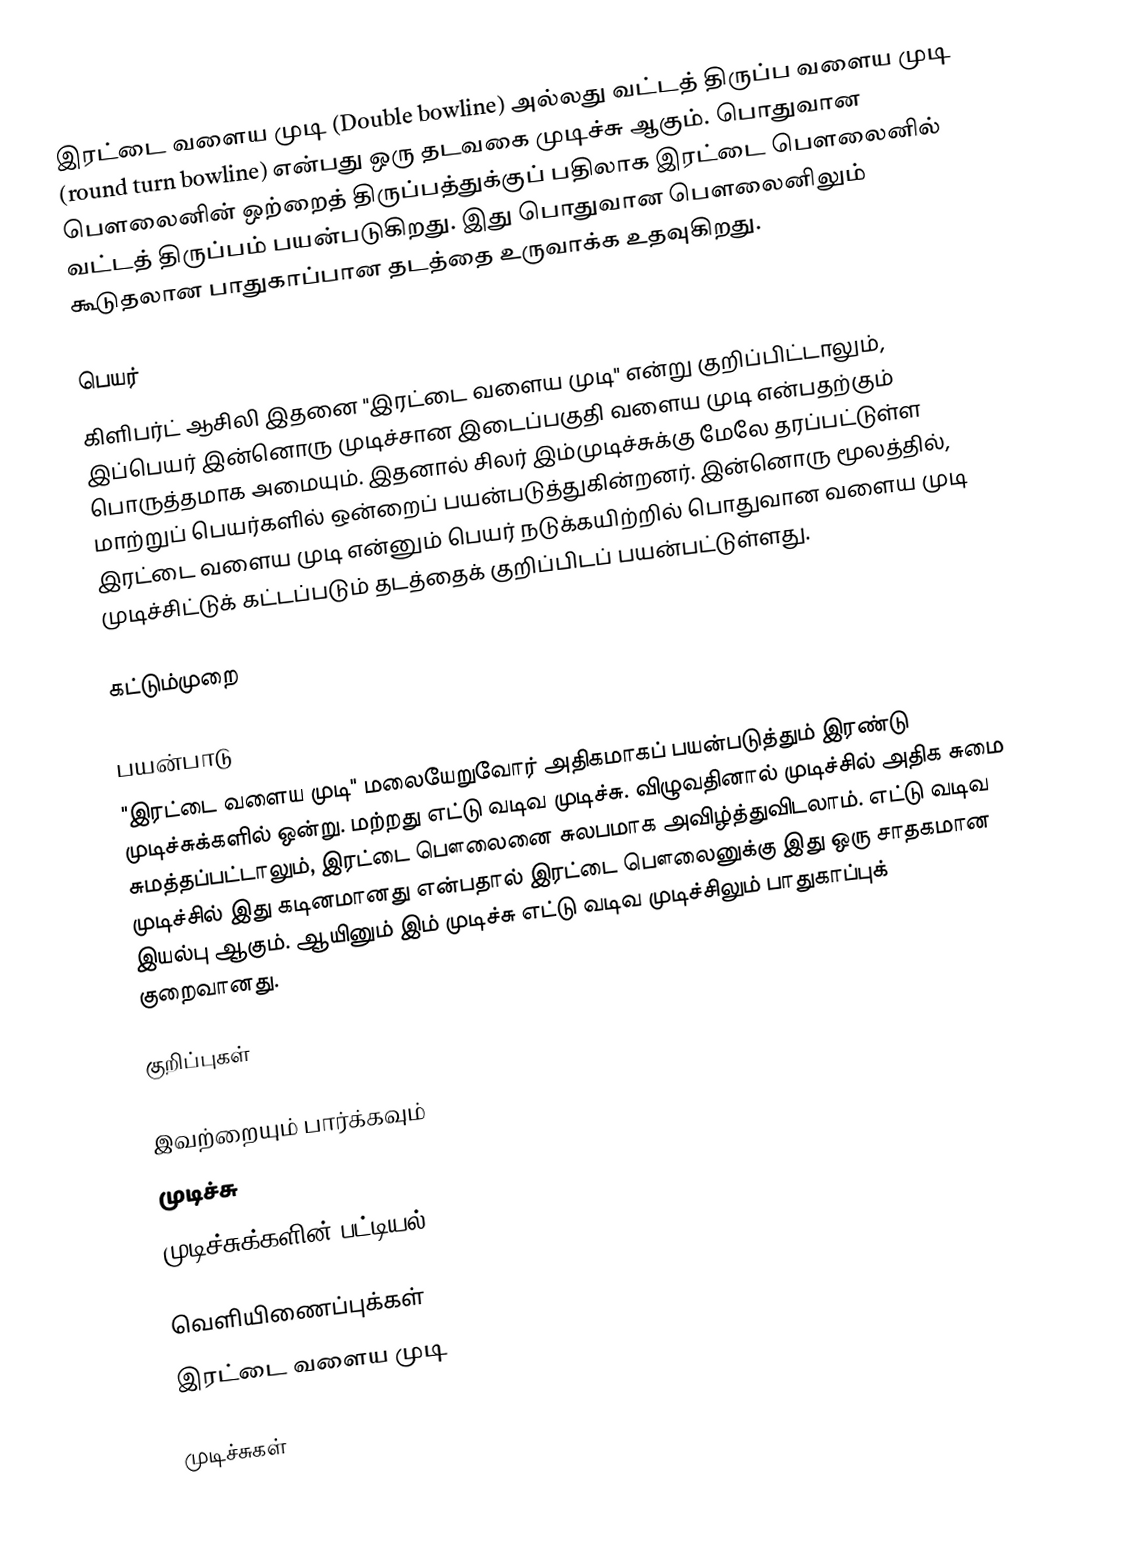
இரட்டை வளைய முடி (Double bowline) அல்லது வட்டத் திருப்ப வளைய முடி (round turn bowline) என்பது ஒரு தடவகை முடிச்சு ஆகும். பொதுவான பௌலைனின் ஒற்றைத் திருப்பத்துக்குப் பதிலாக இரட்டை பௌலைனில் வட்டத் திருப்பம் பயன்படுகிறது. இது பொதுவான பௌலைனிலும் கூடுதலான பாதுகாப்பான தடத்தை உருவாக்க உதவுகிறது.

பெயர்
கிளிபர்ட் ஆசிலி இதனை "இரட்டை வளைய முடி" என்று குறிப்பிட்டாலும், இப்பெயர் இன்னொரு முடிச்சான இடைப்பகுதி வளைய முடி என்பதற்கும் பொருத்தமாக அமையும். இதனால் சிலர் இம்முடிச்சுக்கு மேலே தரப்பட்டுள்ள மாற்றுப் பெயர்களில் ஒன்றைப் பயன்படுத்துகின்றனர். இன்னொரு மூலத்தில், இரட்டை வளைய முடி என்னும் பெயர் நடுக்கயிற்றில் பொதுவான வளைய முடி முடிச்சிட்டுக் கட்டப்படும் தடத்தைக் குறிப்பிடப் பயன்பட்டுள்ளது.

கட்டும்முறை

பயன்பாடு
"இரட்டை வளைய முடி" மலையேறுவோர் அதிகமாகப் பயன்படுத்தும் இரண்டு முடிச்சுக்களில் ஒன்று. மற்றது எட்டு வடிவ முடிச்சு. விழுவதினால் முடிச்சில் அதிக சுமை சுமத்தப்பட்டாலும், இரட்டை பௌலைனை சுலபமாக அவிழ்த்துவிடலாம். எட்டு வடிவ முடிச்சில் இது கடினமானது என்பதால் இரட்டை பௌலைனுக்கு இது ஒரு சாதகமான இயல்பு ஆகும். ஆயினும் இம் முடிச்சு எட்டு வடிவ முடிச்சிலும் பாதுகாப்புக் குறைவானது.

குறிப்புகள்

இவற்றையும் பார்க்கவும்
 முடிச்சு
 முடிச்சுக்களின் பட்டியல்

வெளியிணைப்புக்கள்
 இரட்டை வளைய முடி

முடிச்சுகள்